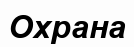
Охрана